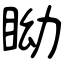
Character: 眑